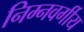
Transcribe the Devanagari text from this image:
निम्‍नवर्गीय